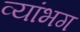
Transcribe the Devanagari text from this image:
व्यांभग